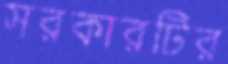
সরকারটির